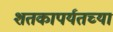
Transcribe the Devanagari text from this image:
शतकापर्यतच्या